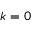
k = 0